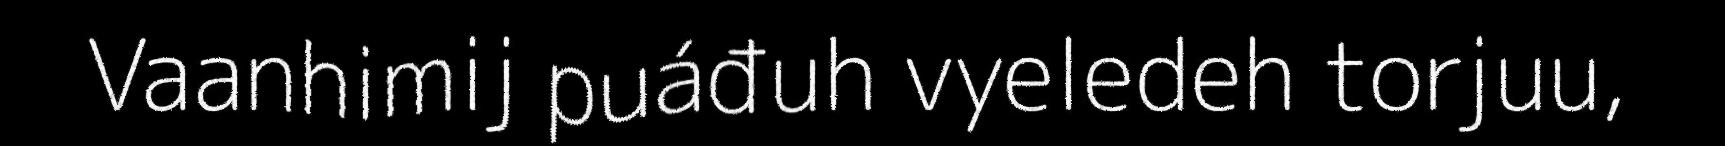
Vaanhimij puáđuh vyeledeh torjuu,